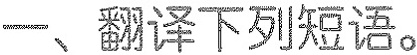
一、翻译下列短语。